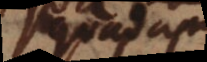
quadam